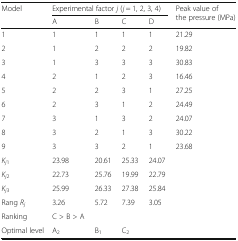
<table><thead><tr><td rowspan="2"><b>Model</b></td><td colspan="4"><b>Experimental factor <i>j</i> (<i>j</i> = 1, 2, 3, 4)</b></td><td rowspan="2"><b>Peak value of the pressure (MPa)</b></td></tr><tr><td><b>A</b></td><td><b>B</b></td><td><b>C</b></td><td><b>D</b></td></tr></thead><tbody><tr><td>1</td><td>1</td><td>1</td><td>1</td><td>1</td><td>21.29</td></tr><tr><td>2</td><td>1</td><td>2</td><td>2</td><td>2</td><td>19.82</td></tr><tr><td>3</td><td>1</td><td>3</td><td>3</td><td>3</td><td>30.83</td></tr><tr><td>4</td><td>2</td><td>1</td><td>2</td><td>3</td><td>16.46</td></tr><tr><td>5</td><td>2</td><td>2</td><td>3</td><td>1</td><td>27.25</td></tr><tr><td>6</td><td>2</td><td>3</td><td>1</td><td>2</td><td>24.49</td></tr><tr><td>7</td><td>3</td><td>1</td><td>3</td><td>2</td><td>24.07</td></tr><tr><td>8</td><td>3</td><td>2</td><td>1</td><td>3</td><td>30.22</td></tr><tr><td>9</td><td>3</td><td>3</td><td>2</td><td>1</td><td>23.68</td></tr><tr><td><i>K</i><sub><i>j</i>1</sub></td><td>23.98</td><td>20.61</td><td>25.33</td><td>24.07</td><td></td></tr><tr><td><i>K</i><sub><i>j</i>2</sub></td><td>22.73</td><td>25.76</td><td>19.99</td><td>22.79</td><td></td></tr><tr><td><i>K</i><sub><i>j</i>3</sub></td><td>25.99</td><td>26.33</td><td>27.38</td><td>25.84</td><td></td></tr><tr><td>Rang <i>R</i><sub><i>j</i></sub></td><td>3.26</td><td>5.72</td><td>7.39</td><td>3.05</td><td></td></tr><tr><td>Ranking</td><td>C &gt; B &gt; A</td><td></td><td></td><td></td><td></td></tr><tr><td>Optimal level</td><td>A<sub>2</sub></td><td>B<sub>1</sub></td><td>C<sub>2</sub></td><td></td><td></td></tr></tbody></table>